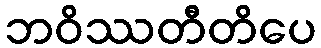
ဘဝိဿတီတိပေ